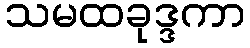
သမထခုဒ္ဒကာ